Scottish Leaving Certificate Examination, 1960
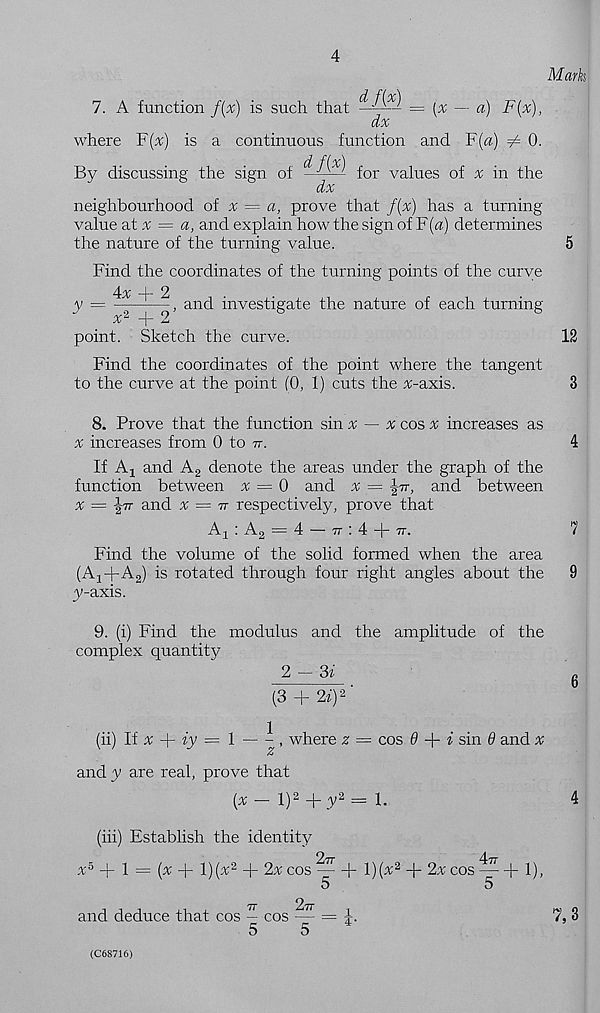
4
Mark
7. A function f(x) is such that
df(x)
dx
= (% — a) F(x),
where F(%) is a continuous function and F(a) ^ 0.
d f[x)
By discussing the sign of ~/ v ' for values of % in the
dx
neighbourhood oi x = a, prove that f{x) has a turning
value at % = a, and explain how the sign of F[a) determines
the nature of the turning value.
Find the coordinates of the turning points of the curve
L- 2
y =
, and investigate the nature of each turning
x~ -| - ■"
point. Sketch the curve.
Find the coordinates of the point where the tangent
to the curve at the point (0, 1) cuts the ^c-axis.
8. Prove that the function sin ^
# cos x increases as
^ increases from 0 to tt.
If Aj and A 2 denote the areas under the graph of the
function between x = 0 and x = |-7r, and between
% = -|-77 and x = tt respectively, prove that
A 1 : A 2 = 4 — 7t : 4 -(- 7t.
Find the volume of the solid formed when the area
(Aj+Ag) is rotated through four right angles about the
3>-axis.
9. (i) Find the modulus and the amplitude of the
complex quantity
2 - St
(3 + 2i) 2 '
1
(ii) II x
iy = l
, where z
z
cos 6
i sin 6 and ^
andy are real, prove that
[x — l) 2 + y 2 — 1.
(iii) Establish the identity
x 5
1
and deduce that cos - cos — = 4.
5
5
4
-7T
/i 'jy
{x + l){x 2 + 2x cos
b 1)(^2 + 2x cos
hi),
5
5
12
3
7
9
7,3
(C6S716)